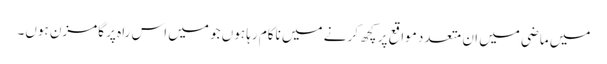
میں ماضی میں ان متعدد مواقع پر کچھ کرنے میں ناکام رہا ہوں جو میں اس راہ پر گامزن ہوں۔